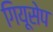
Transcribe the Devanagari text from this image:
गियूसेप